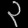
Digit: ၃